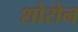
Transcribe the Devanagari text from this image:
शोरोन